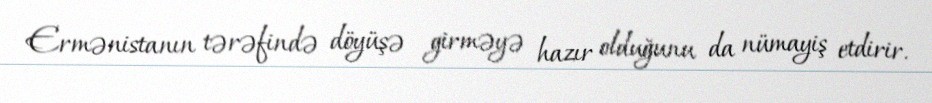
Ermənistanın tərəfində döyüşə girməyə hazır olduğunu da nümayiş etdirir.